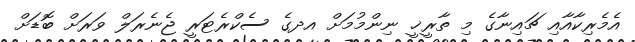
އެމެރިކާއާއި ޗައިނާގެ މި ތާރީޚީ ނިންމުމަށް އދގެ ސެކްރެޓަރީ ޖެނެރަލް ވަރަށް ބޮޑަށް